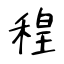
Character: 䅣